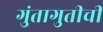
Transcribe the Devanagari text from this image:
गुंतागुतीची